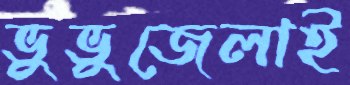
ভুভুজেলাই